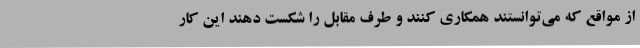
از مواقع که می‌توانستند همکاری کنند و طرف مقابل را شکست دهند این کار